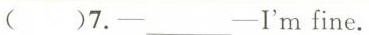
( )7.-___-I'm fine.